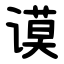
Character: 谟